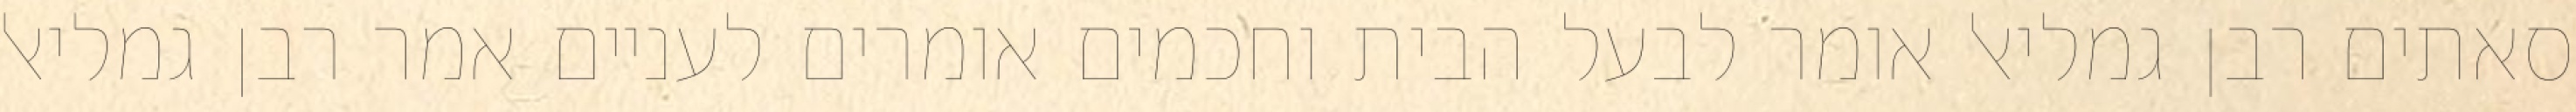
סאתים רבן גמליאל אומר לבעל הבית וחכמים אומרים לעניים אמר רבן גמליאל